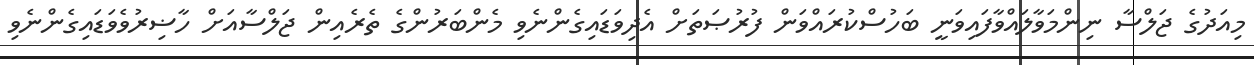
މިއަދުގެ ޖަލްސާ ނިންމަވާލައްވާފައިވަނީ ބަހުސްކުރައްވަން ފުރުޞަތަށް އެދިވަޑައިގެންނެވި މެންބަރުންގެ ތެރެއިން ޖަލްސާއަށް ހާޟިރުވެވަޑައިގެންނެވި